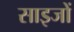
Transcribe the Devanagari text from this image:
साइजों